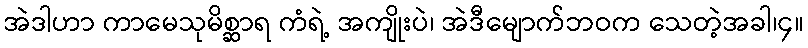
အဲဒါဟာ ကာမေသုမိစ္ဆာရ ကံရဲ့ အကျိုးပဲ၊ အဲဒီမျောက်ဘဝက သေတဲ့အခါ၊၄။